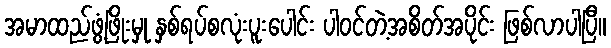
အမာထည်ဖွံ့ဖြိုးမှု နှစ်ရပ်စလုံးပူးပေါင်း ပါဝင်တဲ့အစိတ်အပိုင်း ဖြစ်လာပါပြီ။